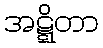
အဋ္ဋိတာ